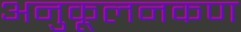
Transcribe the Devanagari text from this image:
अनुकूलनकण